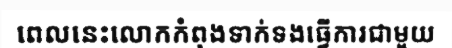
ពេលនេះលោកកំពុងទាក់ទងធ្វើការជាមួយ